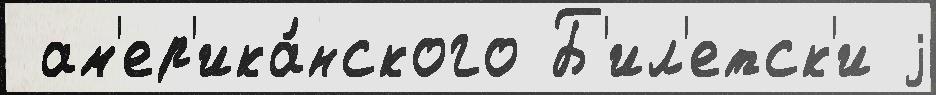
 ам'ер'ика́нского Б'ил'етск'и j